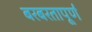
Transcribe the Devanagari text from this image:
बरबरतापूर्ण